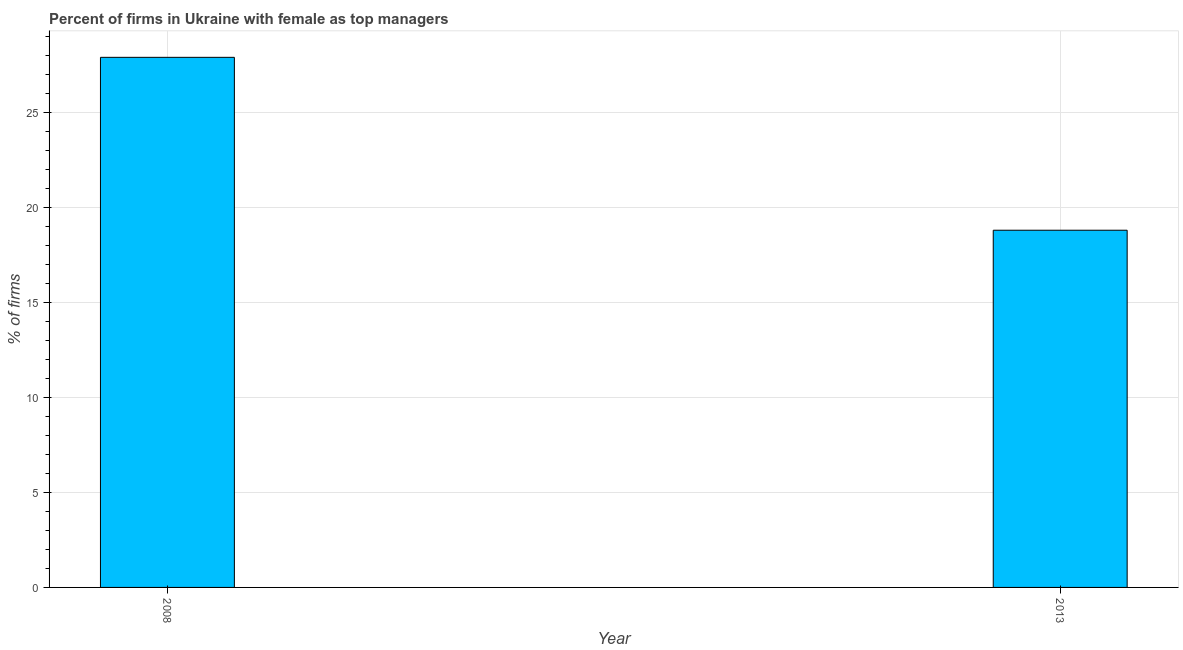
| Year | Firms with female top manager |
 | --- | --- |
 | 2008 | 27.9 |
 | 2013 | 18.8 |